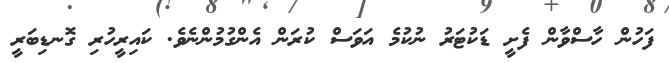
ފަހުން ހާސްވާން ފެށީ ޑަކުޓަރު ނުކުމެ އަވަސް ކުރަން އެންގުމުންނެވެ. ކައިރީހުރި ގޮނޑިބަރީ